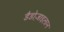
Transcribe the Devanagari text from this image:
डैडोज़ाइलान